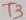
Text: T3